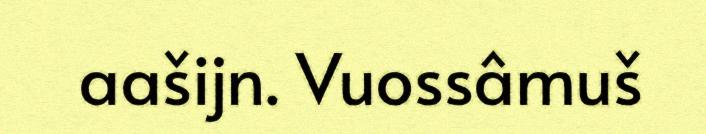
aašijn. Vuossâmuš